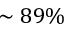
\sim 8 9 \%